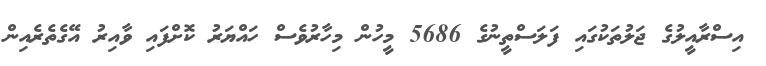
އިސްރާއީލުގެ ޖަލުތަކުގައި ފަލަސްތީނުގެ 5686 މީހުން މިހާރުވެސް ހައްޔަރު ކޮށްފައި ވާއިރު އޭގެތެރެއިން